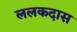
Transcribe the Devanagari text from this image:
ललकदास